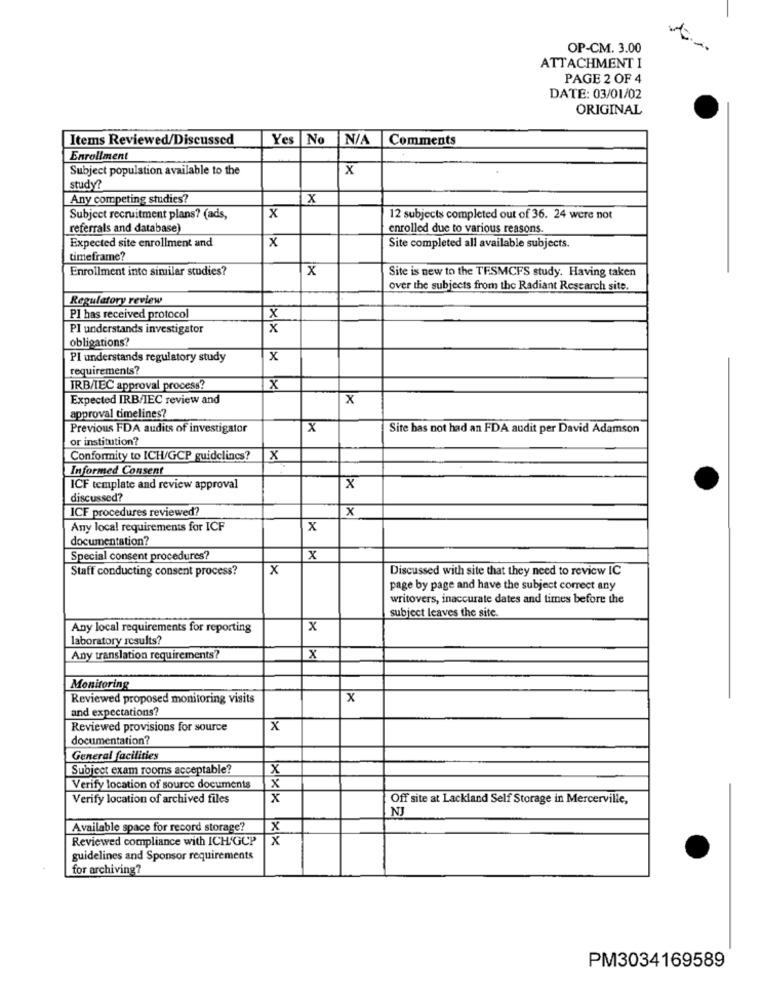
OP-CM. 3.00
ATTACHMENT I
PAGE 2 OF 4
DATE: 03/01/02
ORIGINAL
Items Reviewed/Discussed
Yes
No
Comments
Enrollment
Subject population available to the
X
study?
Any competing studies?
X
Subject recruitment plans? (ads,
x
12 subjects completed out of 36. 24 were not
referrals and database)
enrolled due to various reasons
Expected site enrollment and
x
Site completed all available subjects.
timeframe?
Enrollment into similar studies?
x
Site is new to the TESMCFS study. Having taken
Over the subjects from the Radiant Research site.
Regulatory review
X
Pl has received protocol
PI understands investigator
x
obligations?
PI understands regulatory study
x
requirements?
IRB/IEC approval process?
X
Expected IRB/IEC review and
x
approval timelines?
Previous FDA audits of investigator
x
Site bas not had an FDA audit per David Adamson
or institution?
Conformity to ICH/GCP guidelines?
x
Informed Consent
ICF template and review approval
x
discussed?
ICF procedures reviewed?
X
Any local requirements for ICF
x
documentation?
Special consent procedures?
Staff conducting consent process?
x
Discussed with site that they need to review IC
page by page and have the subject correct any
writovers, inaccurate dates and times before the
subject leaves the site.
Any local requirements for reporting
x
laboratory results?
Any translation requirements?
×
Monitoring
Reviewed proposed monitoring visits
x
and expectations?
Reviewed provisions for source
X
documentation?
General facilities
Subject exam rooms acceptable?
X
Verify location of source documents
X
Verify location of archived files
x
Off site at Lackland Self Storage in Mercerville,
NJ
Available space for record storage?
X
Reviewed compliance with ICH-GCP
x
guidelines and Sponsor requirements
for archiving?
PM3034169589